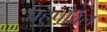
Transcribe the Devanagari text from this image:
बहुपर्विल